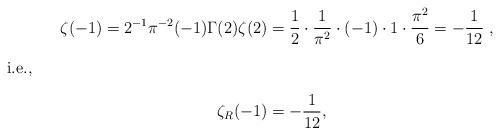
LaTeX: \begin{align*}\zeta(-1) = 2^{-1}\pi^{-2}(-1)\Gamma(2)\zeta(2) &= \frac{1}{2}\cdot\frac{1}{\pi^2}\cdot(-1)\cdot 1\cdot\frac{\pi^2}{6} = -\frac{1}{12}\; , \intertext{i.e.,}\zeta_R(-1) &= -\frac{1}{12}, \end{align*}